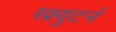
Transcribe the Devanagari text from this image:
स्क्र्युटर्न